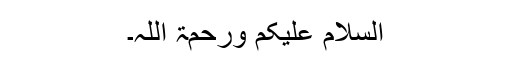
السلام علیکم ورحمۃ اللہ۔